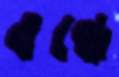
বন্ধে